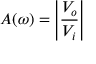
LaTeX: A ( \omega ) = \left| { \frac { V _ { o } } { V _ { i } } } \right|